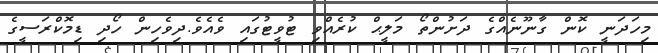
މިހަދަނީ ކޮން ގާނޫނެއްގެ ދަށުންތޯ މަލީޙް ކުރެއްވި ޓުވީޓުގައި ވެއެވެ.ދިވެހިން ހޯދި ޑިމޮކްރަސީގެ